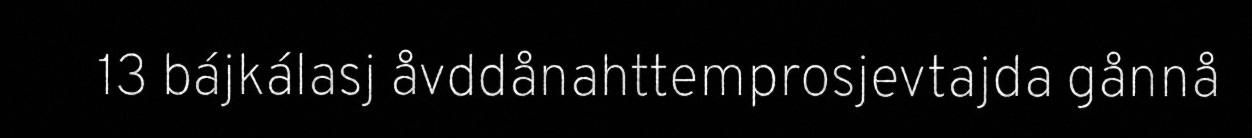
13 bájkálasj åvddånahttemprosjevtajda gånnå